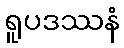
ရူပဒဿနံ